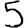
Digit: 5